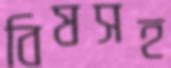
বিষসহ